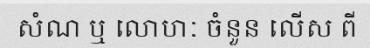
សំណ ឬ លោហៈ ចំនួន លើស ពី